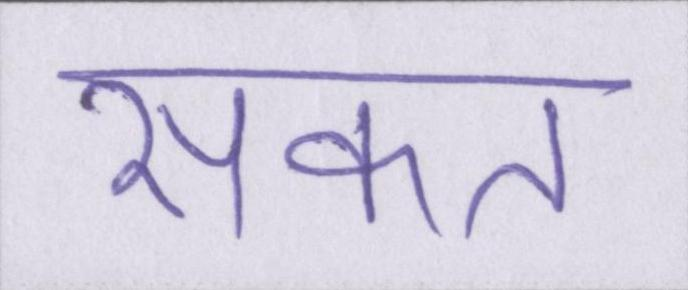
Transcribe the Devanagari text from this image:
सकत